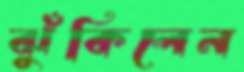
ঝুঁকিলেন